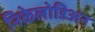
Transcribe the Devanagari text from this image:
निकेलोडिअन